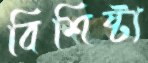
বিশিষ্ট্য